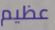
عظيم